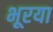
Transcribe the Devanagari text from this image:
भूरया